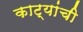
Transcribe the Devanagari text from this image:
काट्यांची